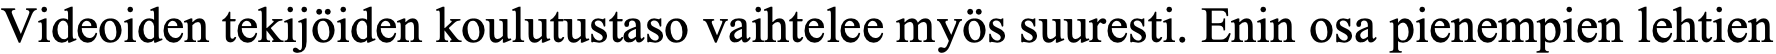
Videoiden tekijöiden koulutustaso vaihtelee myös suuresti. Enin osa pienempien lehtien